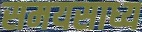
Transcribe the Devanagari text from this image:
समयसाध्य